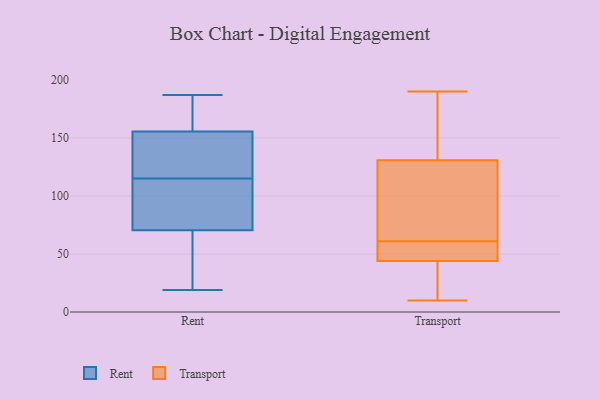
{"axis": {"x": "Demand Index", "y": "Value"}, "legend": ["Rent", "Transport"], "data": [{"x": "", "y": 19, "type": "Rent"}, {"x": "", "y": 57, "type": "Rent"}, {"x": "", "y": 127, "type": "Rent"}, {"x": "", "y": 124, "type": "Rent"}, {"x": "", "y": 140, "type": "Rent"}, {"x": "", "y": 187, "type": "Rent"}, {"x": "", "y": 169, "type": "Rent"}, {"x": "", "y": 74, "type": "Rent"}, {"x": "", "y": 178, "type": "Rent"}, {"x": "", "y": 111, "type": "Rent"}, {"x": "", "y": 67, "type": "Rent"}, {"x": "", "y": 98, "type": "Rent"}, {"x": "", "y": 79, "type": "Rent"}, {"x": "", "y": 60, "type": "Rent"}, {"x": "", "y": 143, "type": "Rent"}, {"x": "", "y": 168, "type": "Rent"}, {"x": "", "y": 52, "type": "Rent"}, {"x": "", "y": 114, "type": "Rent"}, {"x": "", "y": 116, "type": "Rent"}, {"x": "", "y": 184, "type": "Rent"}, {"x": "", "y": 42, "type": "Transport"}, {"x": "", "y": 131, "type": "Transport"}, {"x": "", "y": 61, "type": "Transport"}, {"x": "", "y": 178, "type": "Transport"}, {"x": "", "y": 55, "type": "Transport"}, {"x": "", "y": 190, "type": "Transport"}, {"x": "", "y": 36, "type": "Transport"}, {"x": "", "y": 10, "type": "Transport"}, {"x": "", "y": 130, "type": "Transport"}, {"x": "", "y": 50, "type": "Transport"}, {"x": "", "y": 125, "type": "Transport"}]}